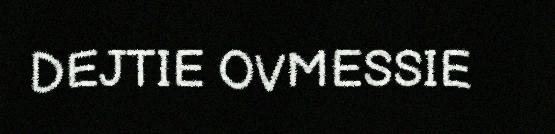
DEJTIE OVMESSIE